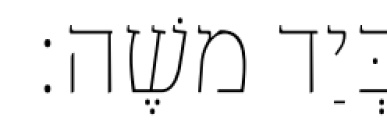
בְּיַד משֶׁה׃